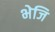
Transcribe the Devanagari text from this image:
भेजि